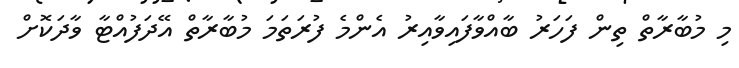
މި މުބާރާތް ތިން ފަހަރު ބާއްވާފައިވާއިރު އެންމެ ފުރަތަމަ މުބާރާތް އޭދަފުއްޓާ ވާދަކޮށް